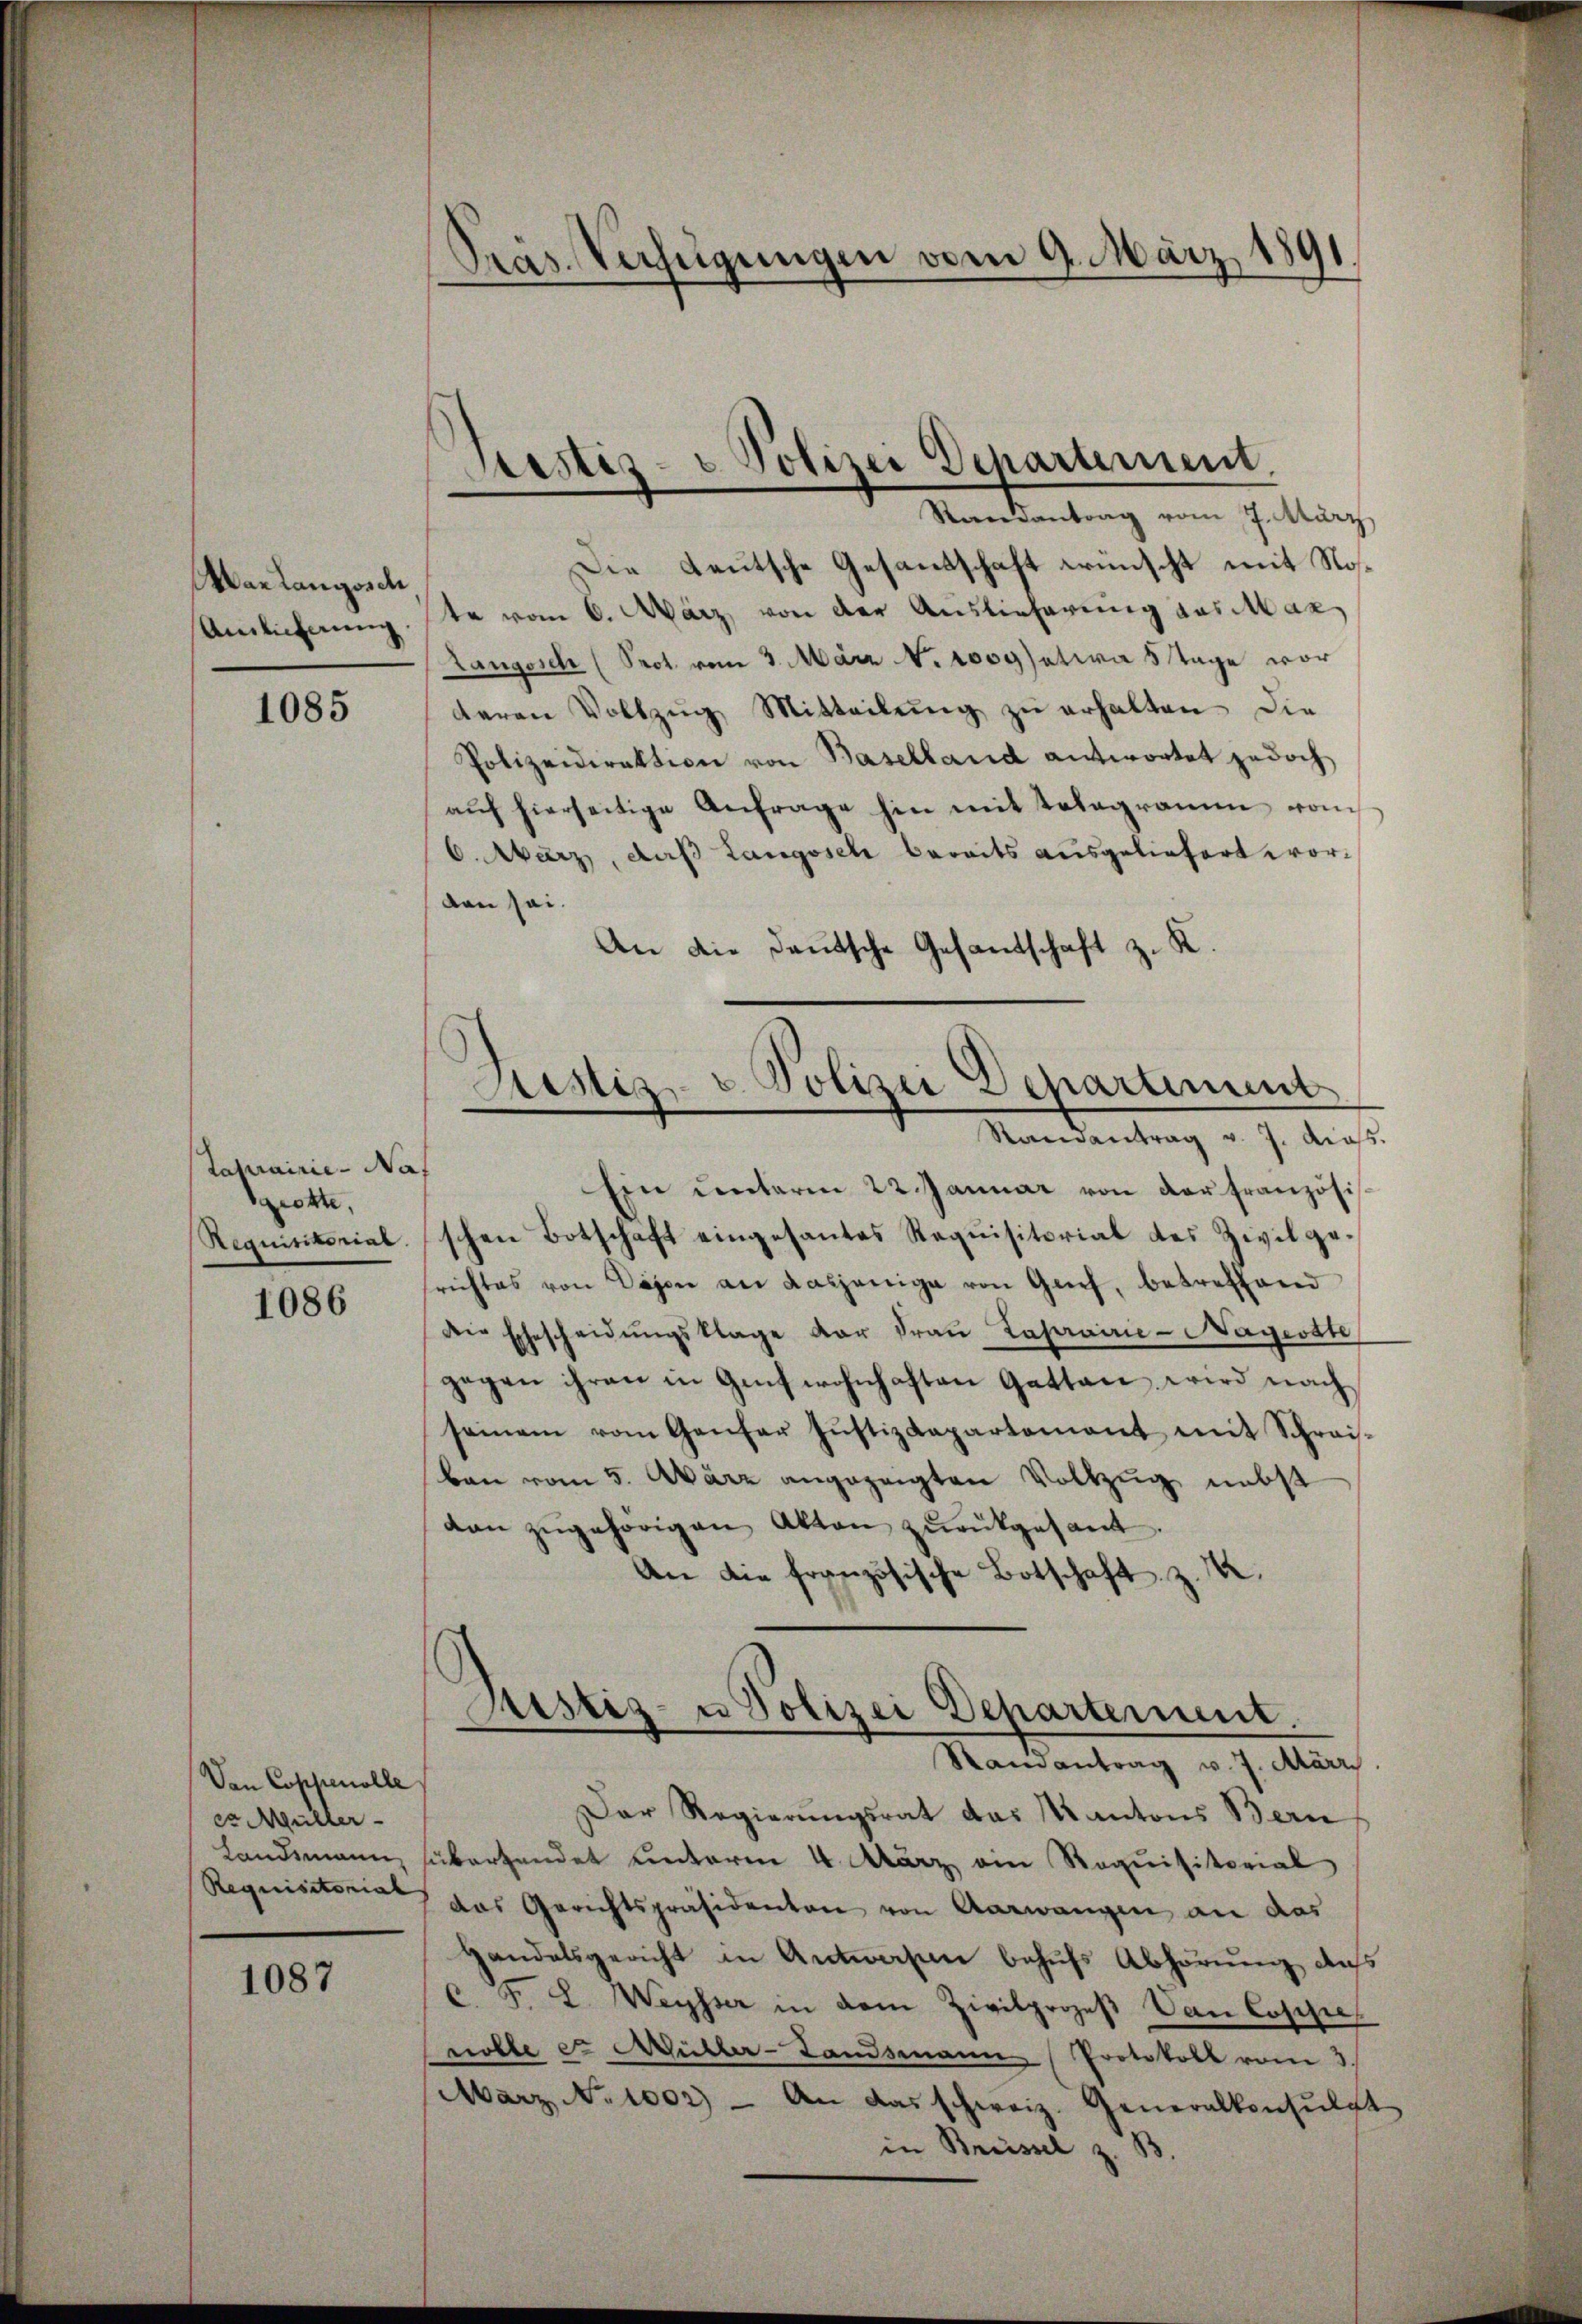
Varlangord
Amlicherung.

1085

Taprairie - Naf
okte
Requisitorial.

1086

Von Coppenolle
er Müller
Landsmann,
Requisitorial

1087

Präs. Verfügungen vom 9. März 1891

Pestir - Polizei Departement.
.
.
Randantrag vom 7. März

Sistiz- u. Polizei Departiment
Randantrag v. J. diess.

Die Leutsche Gesandschaft wünscht mit Note vom 6. März, von der Auslieferung aus Mar
Langosch (Prot. vom 3. März No. 2oy etwa 8 Tage vorderen Vollzŭg Mitteilŭng zŭ erhalten. Die
Polizeidirektion von Baselland antwortet jedoch
aŭf hierseitige Anfrage hin mit Telegramm vom
O. März, daß Langssch bereits ausgeliefert worden sei.
An die Deutsche Gesandschaft z. K.
Ein ŭnterm 22 Januar von der französis
schen Botschaft eingesantes Requisitorial des Zivilgesrichtes von Dosen an dasjenige von Grief, betreffend
die Ehescheidŭngsklage vor Fraŭ Laprairie-Nagerste
gegen ihren in Genf wohnhaften Gatten wird nach
seinem vom Genfer JustizRapartement mit Schreis-
ben vom 5. März angezeigten Vollzug nebst
dan zŭgehörigen Akten zŭrückgesant.
An die französische Botschaft z. B.
Rustiz- u Polizei Departement.
Randantrag v. J. März
Der Regierŭngsrat das Kantons Bern
überhandet unterm 4. März ein Requisitorial
das Gerichtspräsidenten von Aarwangen an das
Handelsgericht in Antworfen behufs Abhörung dass
c F. L. Weysser in dem Zivilprozeβ Van Coppe
niolle er Mutter-Landsmann Protokoll vom 3.
März No 1002) An das schweiz. Generalkonsŭlat
in Brüssel z. B